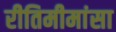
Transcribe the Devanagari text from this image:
रीतिमीमांसा